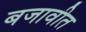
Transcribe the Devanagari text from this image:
बजावीत